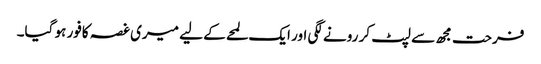
فرحت مجھ سے لپٹ کر رونے لگی اور ایک لمحے کے لیے میری غصہ کافور ہو گیا۔